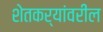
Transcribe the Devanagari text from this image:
शेतकर्‍यांवरील